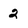
Character: 2